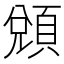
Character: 䫄